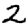
Digit: 2